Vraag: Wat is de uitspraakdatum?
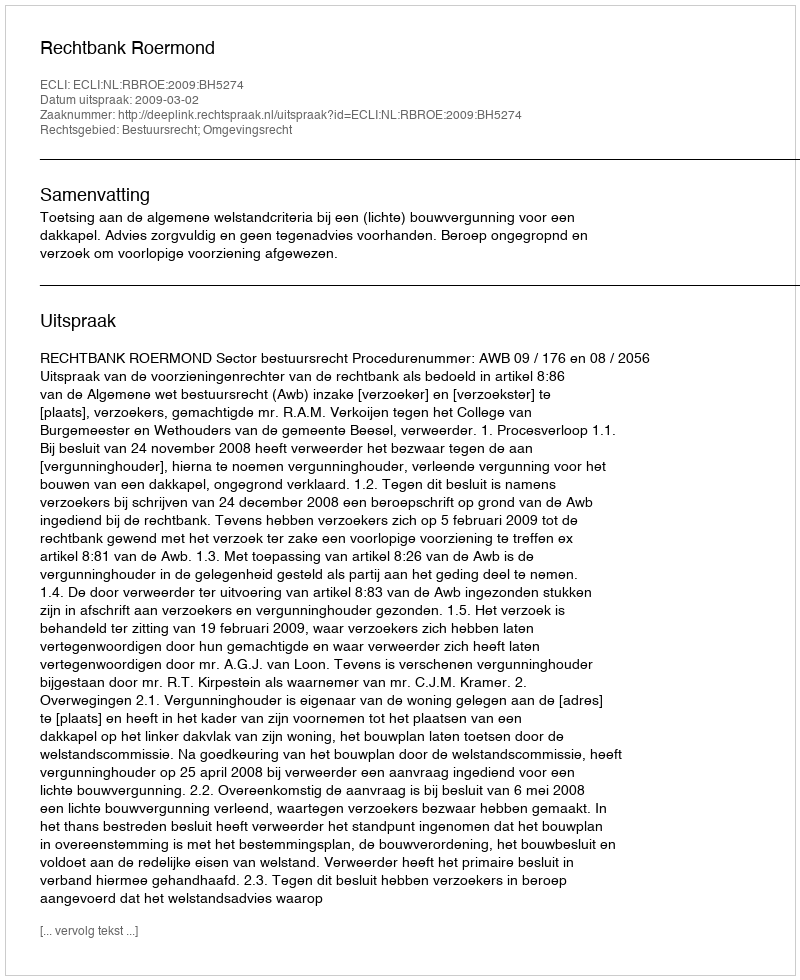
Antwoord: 2009-03-02